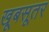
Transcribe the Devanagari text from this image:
खूबसूतर